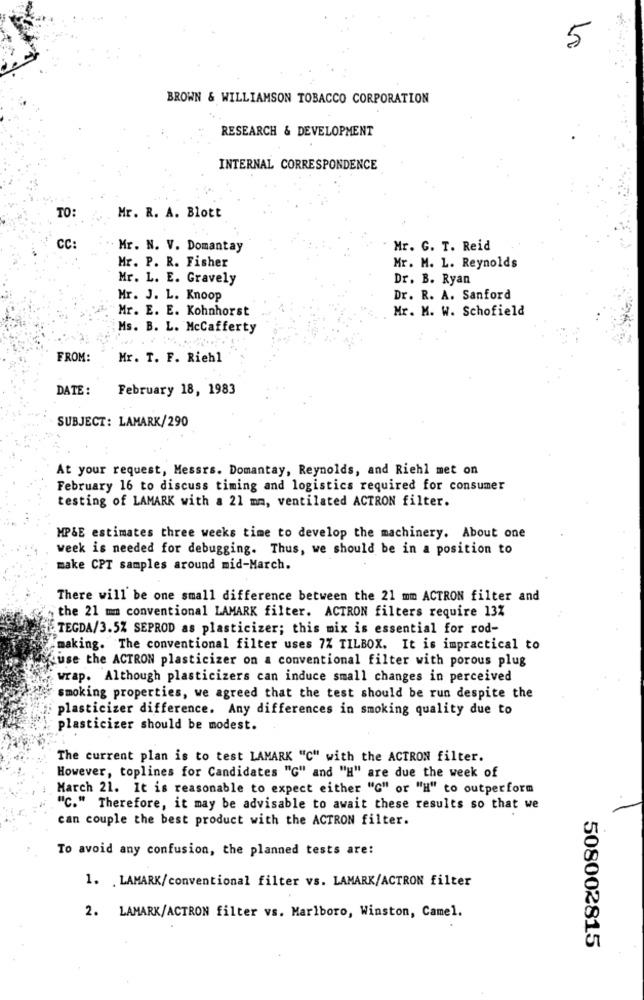
5
BROWN & WILLIAMSON TOBACCO CORPORATION
RESEARCH & DEVELOPMENT
INTERNAL CORRESPONDENCE
TO
Mr. R. A. Blott
CC:
Mr. N. V. Domantay
Mr. G. T. Reid
Mr. P. R. Fisher
Mr. M. L. Reynolds
Mr. L. E. Gravely
Dr. B. Ryan
Mr. J. L. Knoop
Dr. R. A. Sanford
Mr. E. E. Kohnhorst
Mr. M. W. Schofield
Ms. B. L. McCafferty
FROM:
Mr. T. F. Riehl
DATE :
February 18, 1983
SUBJECT: LAMARK/290
At your request, Messrs. Domantay, Reynolds, and Riehl met on
February 16 to discuss timing and logistics required for consumer
testing of LAMARK with a 21 mm, ventilated ACTRON filter.
MP&E estimates three weeks time to develop the machinery. About one
week is needed for debugging. Thus, we should be in a position to
make CPT samples around mid-March.
There will be one small difference between the 21 mm ACTRON filter and
the 21 mm conventional LAMARK filter. ACTRON filters require 13%
TEGDA/3.5% SEPROD as plasticizer; this mix is essential for rod-
making. The conventional filter uses 7% TILBOX. It is impractical to
Luse the ACTRON plasticizer on a conventional filter with porous plug
wrap. Although plasticizers can induce small changes in perceived
smoking properties, we agreed that the test should be run despite the
plasticizer difference. Any differences in smoking quality due to
plasticizer should be modest.
The current plan is to test LAMARK "C" with the ACTRON filter.
However, toplines for Candidates "G" and "H" are due the week of
March 21. It is reasonable to expect either "G" or "H" to outperform
"C." Therefore, it may be advisable to await these results so that we
can couple the best product with the ACTRON filter.
To avoid any confusion, the planned tests are:
1. . LAMARK/conventional filter vs. LAMARK/ACTRON filter
2. LAMARK/ACTRON filter vs. Marlboro, Winston, Camel.
508002815